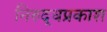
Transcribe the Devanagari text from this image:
निरुद्धप्रकाश